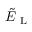
\tilde { E } _ { \mathrm { ~ L ~ } }